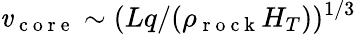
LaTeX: \mathit{v}_{\mathrm{{~c~o~r~e~}}}\sim(Lq/(\rho_{\mathrm{{~r~o~c~k~}}}H_{T}))^{1/3}